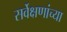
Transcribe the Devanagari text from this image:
सर्वेक्षणांच्या